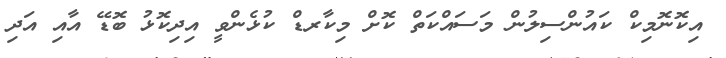
އިކޮނޮމިކް ކައުންސިލުން މަސައްކަތް ކޮށް މިކާރޑް ކުޅެންވީ އިދިކޮޅު ބޮޑޭ އާއި އަދި